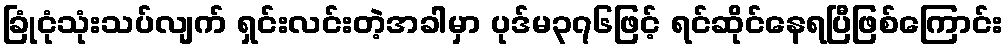
ခြုံငုံသုံးသပ်လျက် ရှင်းလင်းတဲ့အခါမှာ ပုဒ်မ၃၇၆ဖြင့် ရင်ဆိုင်နေရပြီဖြစ်ကြောင်း